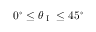
0 ^ { \circ } \le \theta _ { \textup { I } } \le 4 5 ^ { \circ }